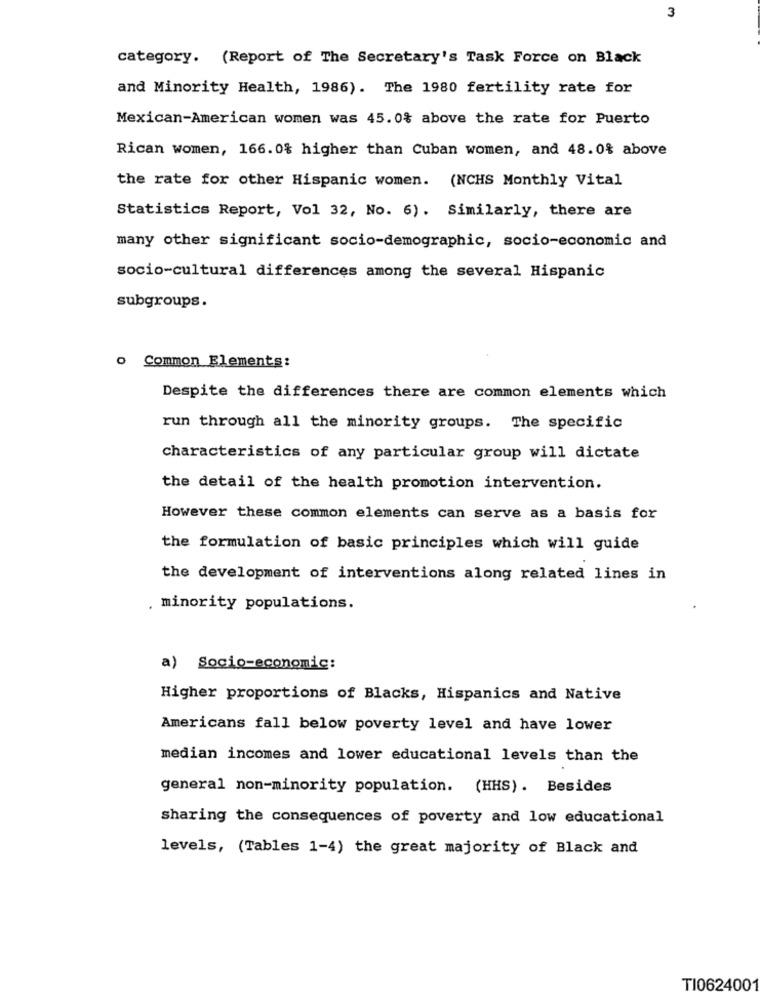
3
category. (Report of The Secretary's Task Force on Black
and Minority Health, 1986). The 1980 fertility rate for
Mexican-American women was 45. 0% above the rate for Puerto
Rican women, 166. 0% higher than Cuban women, and 48.0% above
the rate for other Hispanic women. (NCHS Monthly Vital
Statistics Report, Vol 32, No. 6). Similarly, there are
many other significant socio-demographic, socio-economic and
socio-cultural differences among the several Hispanic
subgroups.
o Common Elements:
Despite the differences there are common elements which
run through all the minority groups. The specific
characteristics of any particular group will dictate
the detail of the health promotion intervention.
However these common elements can serve as a basis for
the formulation of basic principles which will guide
the development of interventions along related lines in
. minority populations.
a) Socio-economic:
Higher proportions of Blacks, Hispanics and Native
Americans fall below poverty level and have lower
median incomes and lower educational levels than the
general non-minority population. (HHS). Besides
sharing the consequences of poverty and low educational
levels, (Tables 1-4) the great majority of Black and
TI0624001